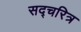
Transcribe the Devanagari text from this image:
सद्चरित्र